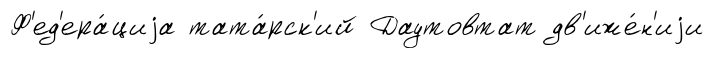
Ф'ед'ера́циjа тата́рск'ий Даутовтат дв'иже́н'иjи